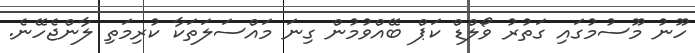
ހޫނު މޫސުމުގައި ގަތުރު ވޯލްޑް ކަޕް ބޭއްވުމުން ގިނަ މައްސަލަތަކާ ކުރިމަތި ލާންޖެހޭނެ.